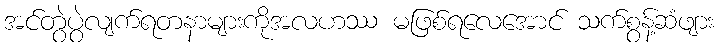
အင်တွဲပွဲလျက်ရတနာများကိုအလဟဿ မဖြစ်ရလေအောင် သက်စွန့်ဆံဖျား